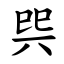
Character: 巺